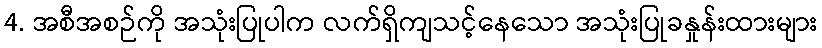
4. အစီအစဉ်ကို အသုံးပြုပါက လက်ရှိကျသင့်နေသော အသုံးပြုခနှုန်းထားများ